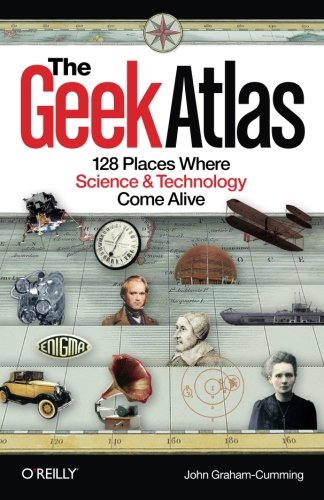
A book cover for The Geek Atlas: 128 Places Where Science and Technology Come Alive; John Graham-Cumming; Computers & Technology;